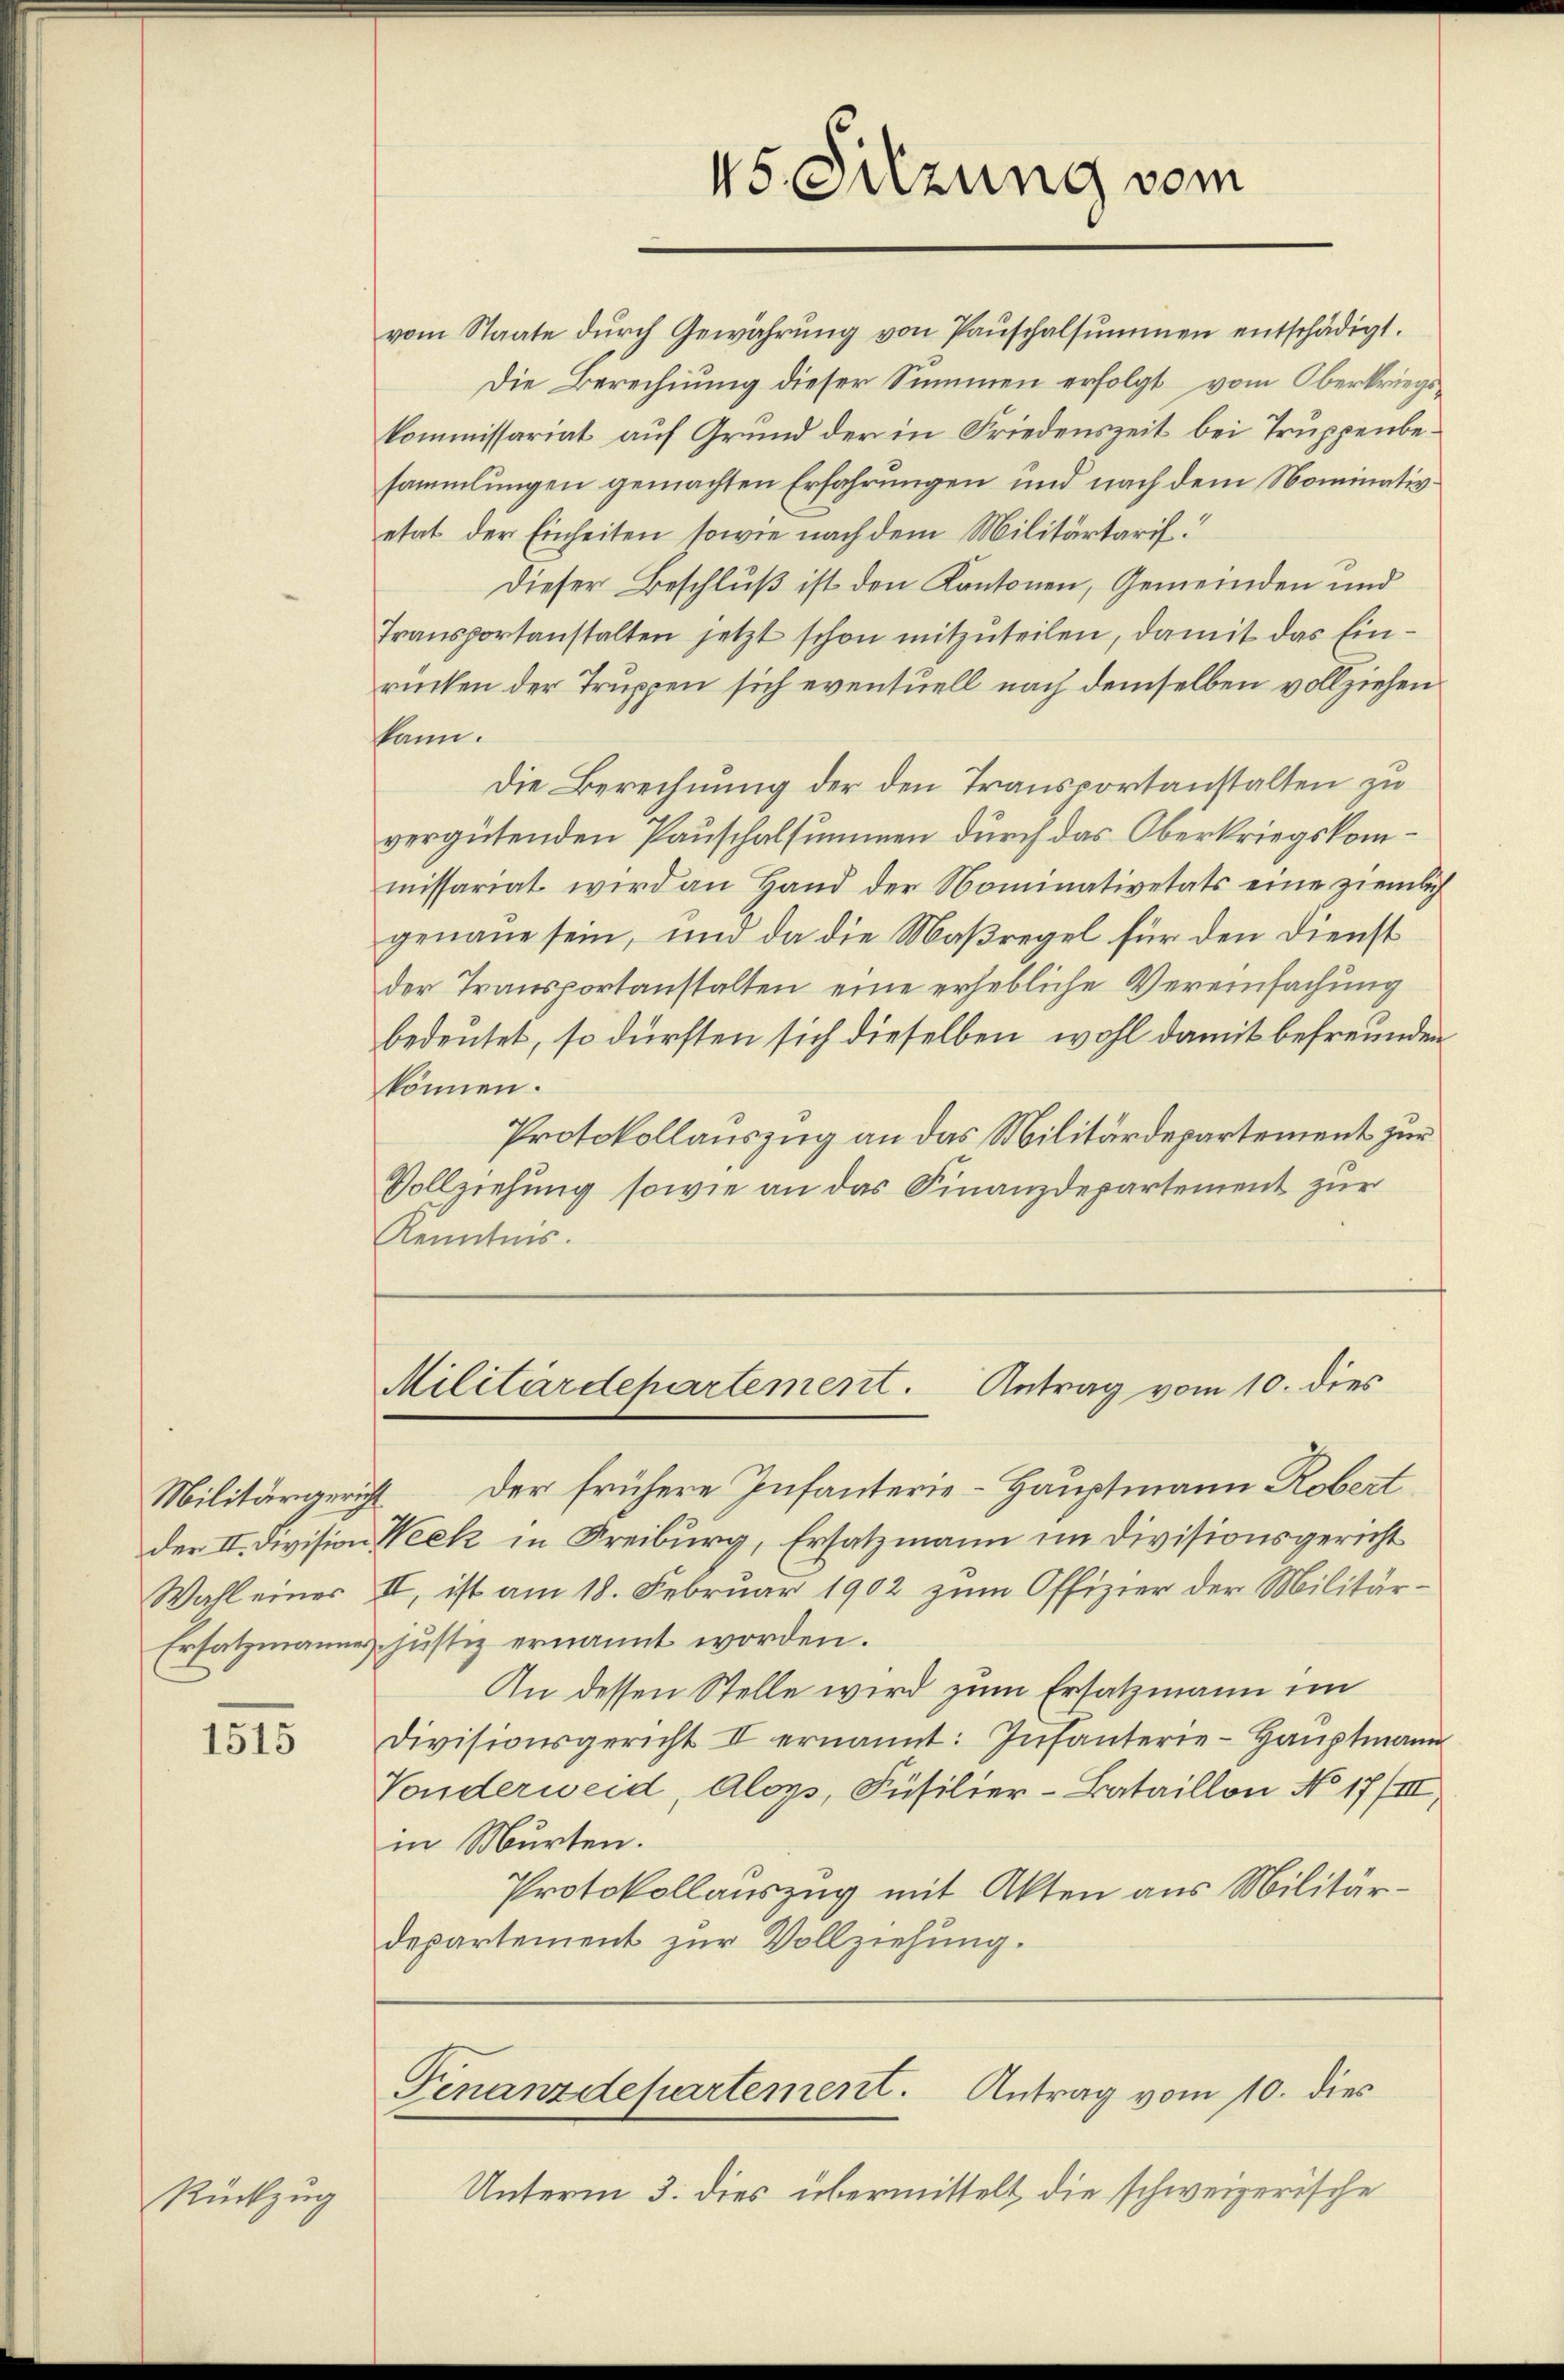
Wahl eines

1515

Rückzug

45. Sitzung vom

vom Staate dŭrch Gewährŭng von Paŭschalsŭmmen entschädigt.
Die Berechnung dieser Summen erfolgt vom Oberkriegskommissariat auf Grund der in Friedenszeit bei Truppenbesammlungen gemachten Erfahrungen und nach dem Nominativetat der Einheiten sowie nach dem Militärtarif
Dieser Beschluß ist den Kantonen, Gemeinden und
Transportanstalten jetzt schon mitzuteilen, damit das Einrücken der Truppen sich eventuell nach demselben vollziehenkann.
Die Berechnung der den Transportanstalten zu
vergütenden Pauschalsummen durch das Oberkriegskommissariat wird an Hand der Nominativetats eine ziemlich
genaue sein, und da die Maßregel für den Dienst
der Transportanstalten eine erhebliche Vereinfachung
bedeutet, so dürften sich dieselben wohl damit befreunden,
können.
Protokollauszug an das Militärdepartement zur
Vollziehung sowie an das Finanzdepartement zur
Kenntnis.
Militärdepartement. Antrag vom 10. dies
Militärgericht der frühere Infanterie-Hauptmann Robert
der II. Division Weck in Freiburg, Ersatzmann im Divisionsgericht
II, ist am 18. Februar 1902 zum Offizier der Militär¬
Ersatzmannes Justiz ernannt worden.
An dessen Stelle wird zum Ersatzmann im
Divisionsgericht II ernannt: Infanterie-Hauptmann
Vonderweid, Aloys, Füsilier-Bataillon No 17/III.
in Murten.
Protokollauszug mit Akten aus Militärdepartement zur Vollziehung.

Finanzdepartement. Antrag vom 10. dies

Unterm 3. dies übermittelt, die schweizerische